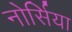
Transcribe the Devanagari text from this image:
नोर्सिया